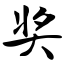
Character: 奖